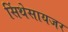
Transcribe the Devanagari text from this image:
सिंथेसायजर